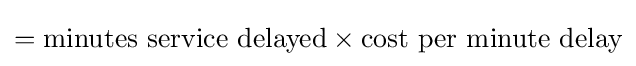
={\text{minutes service delayed}}\times {\text{cost per minute delay}}